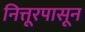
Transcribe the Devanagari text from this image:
नित्तूरपासून